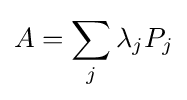
A=\sum _{j}\lambda _{j}P_{j}